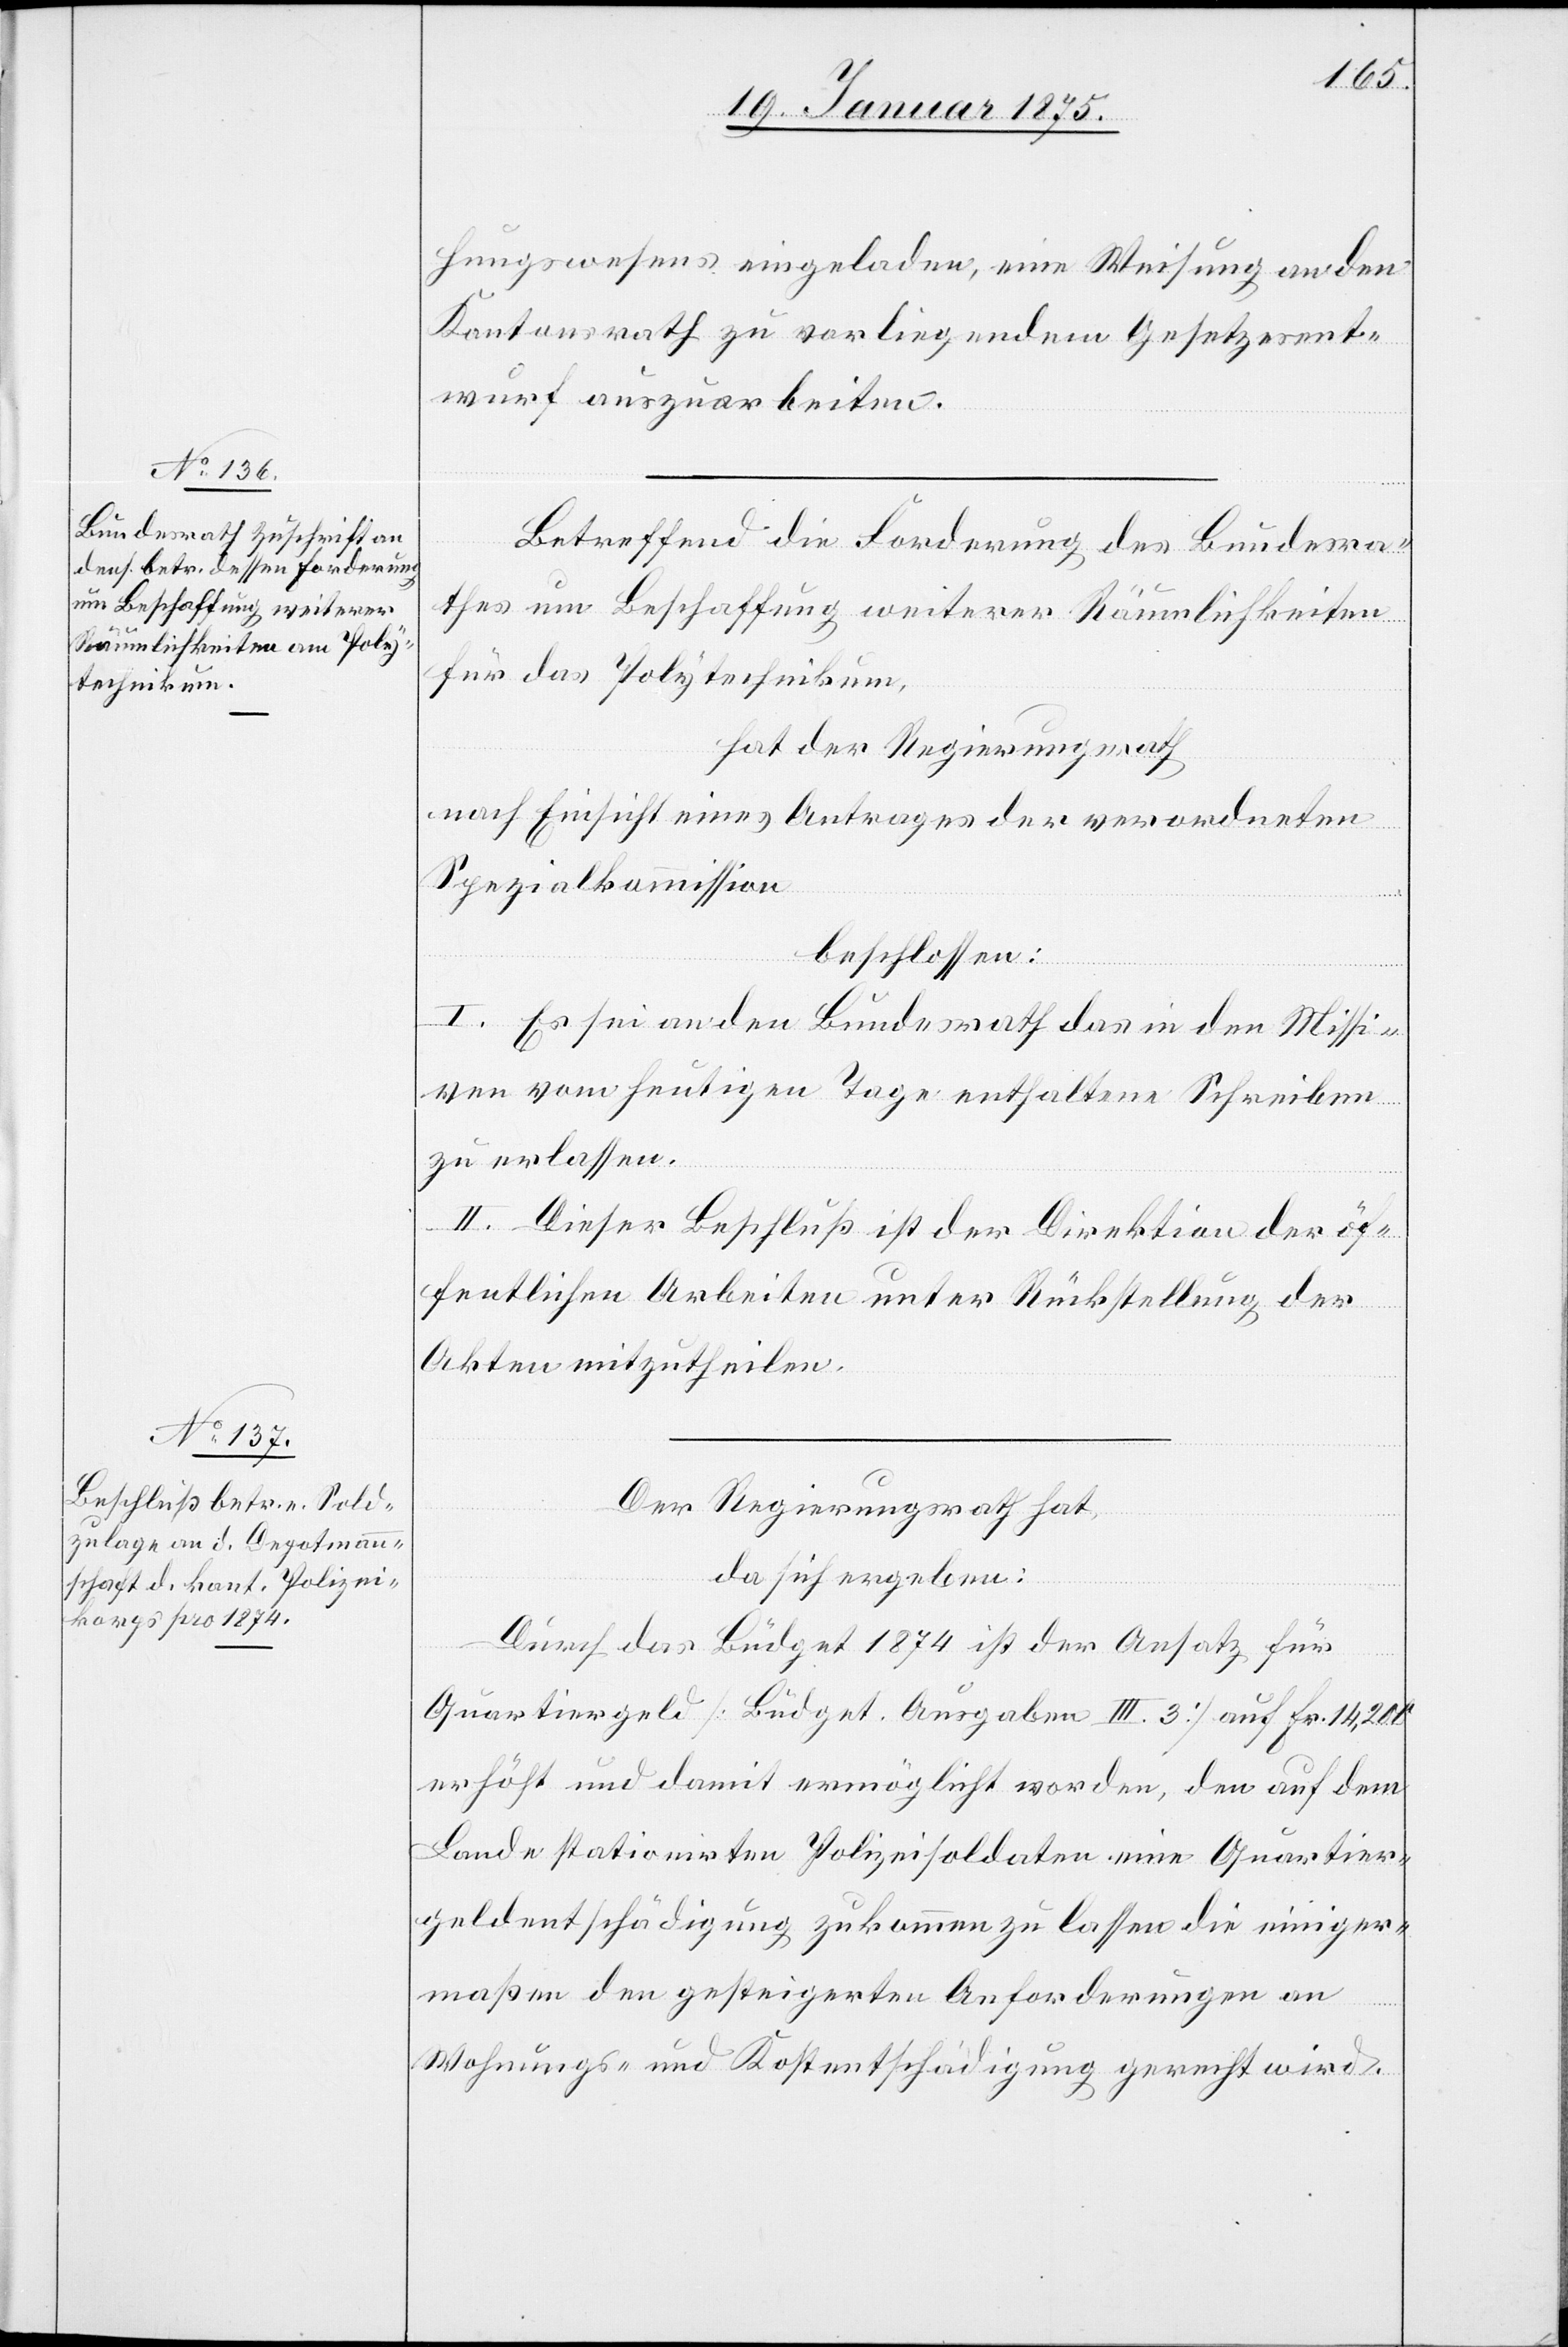
hungswesens eingeladen, eine Weisung an den
Kantonsrath zu vorliegendem Gesetzesent¬
wurf auszuarbeiten.
Betreffend die Forderung des Bundesra¬
thes um Beschaffung weiterer Räumlichkeiten
für das Polytechnikum,
hat der Regierungsrath
nach Einsicht eines Antrages der verordneten
Spezialkommission
beschlossen:
I. Es sei an den Bundesrath das in den Missi¬
ven vom heutigen Tage enthaltene Schreiben
zu erlassen.
II. Dieser Beschluß ist der Direktion der öf¬
fentlichen Arbeiten unter Rückstellung der
Akten mitzutheilen.
Der Regierungsrath hat,
da sich ergeben:
Durch das Büdget 1874 ist der Ansatz für
Quartiergeld (Büdget. Ausgaben III. 3) auf Fr. 14,200
erhöht und damit ermöglicht worden, den auf dem
Lande stationirten Polizeisoldaten eine Quartier¬
geldentschädigung zukommen zu lassen die einiger¬
maßen den gesteigerten Anforderungen an
Wohnungs- und Kostenentschädigung gerecht wird.